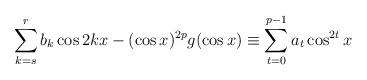
LaTeX: \begin{align*}\sum_{k=s}^{r}b_k\cos 2kx-(\cos x)^{2p} g(\cos x)\equiv \sum_{t=0}^{p-1}a_t \cos ^{2t}x\end{align*}